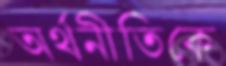
অর্থনীতিকে